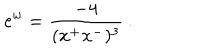
\mathrm { e } ^ { w } = { \frac { - 4 } { ( x ^ { + } x ^ { - } ) ^ { 3 } } } \ .